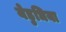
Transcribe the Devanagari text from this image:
येड़ुधिया